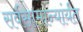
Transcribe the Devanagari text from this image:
सर्वसामान्यांर्यंत